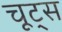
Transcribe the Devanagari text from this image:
चूट्स